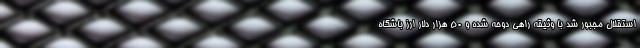
استقلال مجبور شد با وثیقه راهی دوحه شده و 50 هزار دلار ارز باشگاه